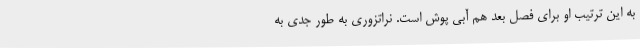
به این ترتیب او برای فصل بعد هم آبی پوش است. نراتزوری به طور جدی به